Report on sanitation, dispensaries, and jails in Rajputana for 1914, and on vaccination for the year 1914-1915 - 1914-1915
Year: 1914
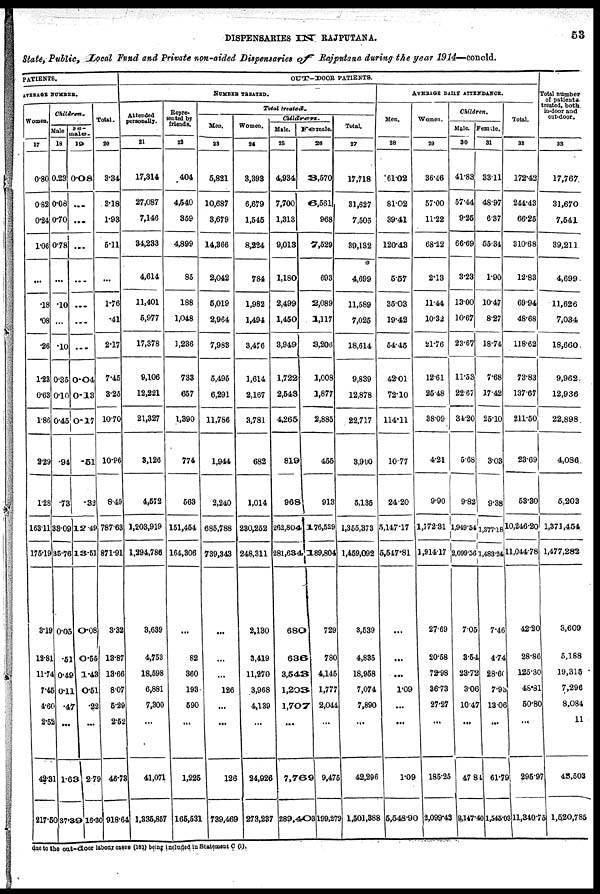
DISPENSARIES IN RAJPUTANA.
53
State, Public, Local Fund and Private non-aided Dispensaries of Rajputana during the year 1914—concld.
PATIENTS.
AVERAGE NUMBER.
Women.
17
0.80
0.82
0.24
1.06
...
.18
.08
.26
183
0.63
1.86
2.29
1.28
163.11
175.19
3.19
13.81
11.74
7.45
460
2.62
48.81
817.50
Childrens.
Male
18
0.23
0.08
0.70
0.78
...
.10
...
10
0.35
0.10
0.45
.94
.73
38.09
86.76
0.05
.51
0.49
0.11
.47
...
1.63
37.39
Fe¬
male. 19
0.08
...
...
...
...
...
...
...
0.04
0.13
O.17
.51
.92
12.49
13.51
0.08
0.55
1.43
0.51
.22
...
2.79
16.30
Total.
20
3.34
3.18
1.93
5.11
...
1.76
.41
2.17
7.45
8.25
10.70
10.86
8.49
787.63
871.91
3.82
13.87
13.66
8.07
5.29
2.52
46.73
918.64
OUT-DOOR PATIENTS.
NUMBER TREATED.
Attended
personally.
21
17,314
27,087
7,146
34,233
4,614
11,401
5,977
17,378
9,106
12,221
21,327
8,126
4,572
1,203,919
1,294,786
8,689
4,753
18,598
6,881
7,300
...
41,071
1,835,857
Repre¬
sented by
friends.
22
404
4,540
359
4,899
85
188
1,048
1,286
733
657
1,390
774
563
151,454
164,806
...
82
360
193
690
...
1,225
165,531
Total treated.
Men.
23
5,821
10,687
3,679
14,366
2,042
5,019
2,964
7,983
5,495
6,291
11,786
1,944
2,240
685,788
739,343
...
...
...
126
...
...
126
789,469
Women.
24
3,398
6,679
1,545
8,224
784
1,982
1,494
3,476
1,614
2,167
3,781
682
1,014
230,252
248,311
2,130
3,419
11,270
3,968
4,139
...
24,926
273,237
Childrens.
Male.
25
4,934
7,700
1,313
9,013
1,180
2,499
1,450
3,949
1,722
2,543
4,265
819
968
262,804
281,684
680
636
8,548
1,203
1,707
...
7,769
239,403
Female.
26
3,570
6,561
968
7,529
693
2,089
1,117
3,206
1,008
1,877
2,885
455
913
176,529
189,804
729
780
4,145
1,777
2,044
...
9,475
199,279
Total.
27
17,718
31,627
7,505
89,132
4,699
11,589
7,025
18,614
9,839
12,878
22,717
3,900
5,135
1,355,373
1,459,092
3,639
4,835
18,958
7,074
7,890
...
42,296
1,501,888
AVERAGE DAILY ATTENDANCE.
Men.
28
61.02
81.02
39.41
120.48
5.57
35.03
19.42
54.45
42.01
72.10
114.11
10.77
24.20
5,147.17
5,547.81
...
...
...
1.09
...
...
1.09
6,648.90
Women.
29
36.46
57.00
11.22
68.22
2.13
11.44
10.33
21.76
12.61
26.48
38.09
4.21
9.90
1,772 31
1,914.17
27.69
20.58
72.98
36.73
27.27
...
185.25
2,099.43
Children.
Male.
30
41.82
57.44
9.26
66.69
3.23
13.00
10.67
23.67
11.53
22.67
34.20
5.68
9.82
1,949.54
2,099.56
7.05
8.54
23.72
3.06
10.47
...
47.81
3,147.40
Female.
31
33.11
48.97
6.37
55.34
1.90
10.47
8.27
18.74
7.68
17.42
25.10
3.03
9.38
1,377.18
1,483.24
7.46
4.74
23.60
7.93
18.06
...
61.79
1,545.03
Total.
32
172.41
244.43
66.25
310.68
12.83
69.94
48.68
118.62
73.83
137.67
211.50
23.69
53.30
10,246.20
11,044.78
42.20
28.86
126.30
46.81
50.80
...
295.97
11,340.75
Total number
of patients
treated, both
In-door and
out-door.
33
17,767
31,670
7,541
39,211
4,699
11,626
7,034
18,660
9,962
12,936
22,898
4,086
5,203
1,371,464
1,477,283
3,609
5,188
19,315
7,296
8,084
11
43,503
1,520,785
due to the out-door labour cases (181) being included in Statement C (i).